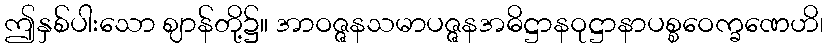
ဤနှစ်ပါးသော ဈာန်တို့၌။ အာဝဇ္ဇနသမာပဇ္ဇနအဓိဋ္ဌာနဝုဋ္ဌာနာပစ္စဝေက္ခဏေဟိ၊